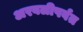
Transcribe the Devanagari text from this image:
अरवलीपर्वत